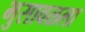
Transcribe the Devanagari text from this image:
भुसावळला